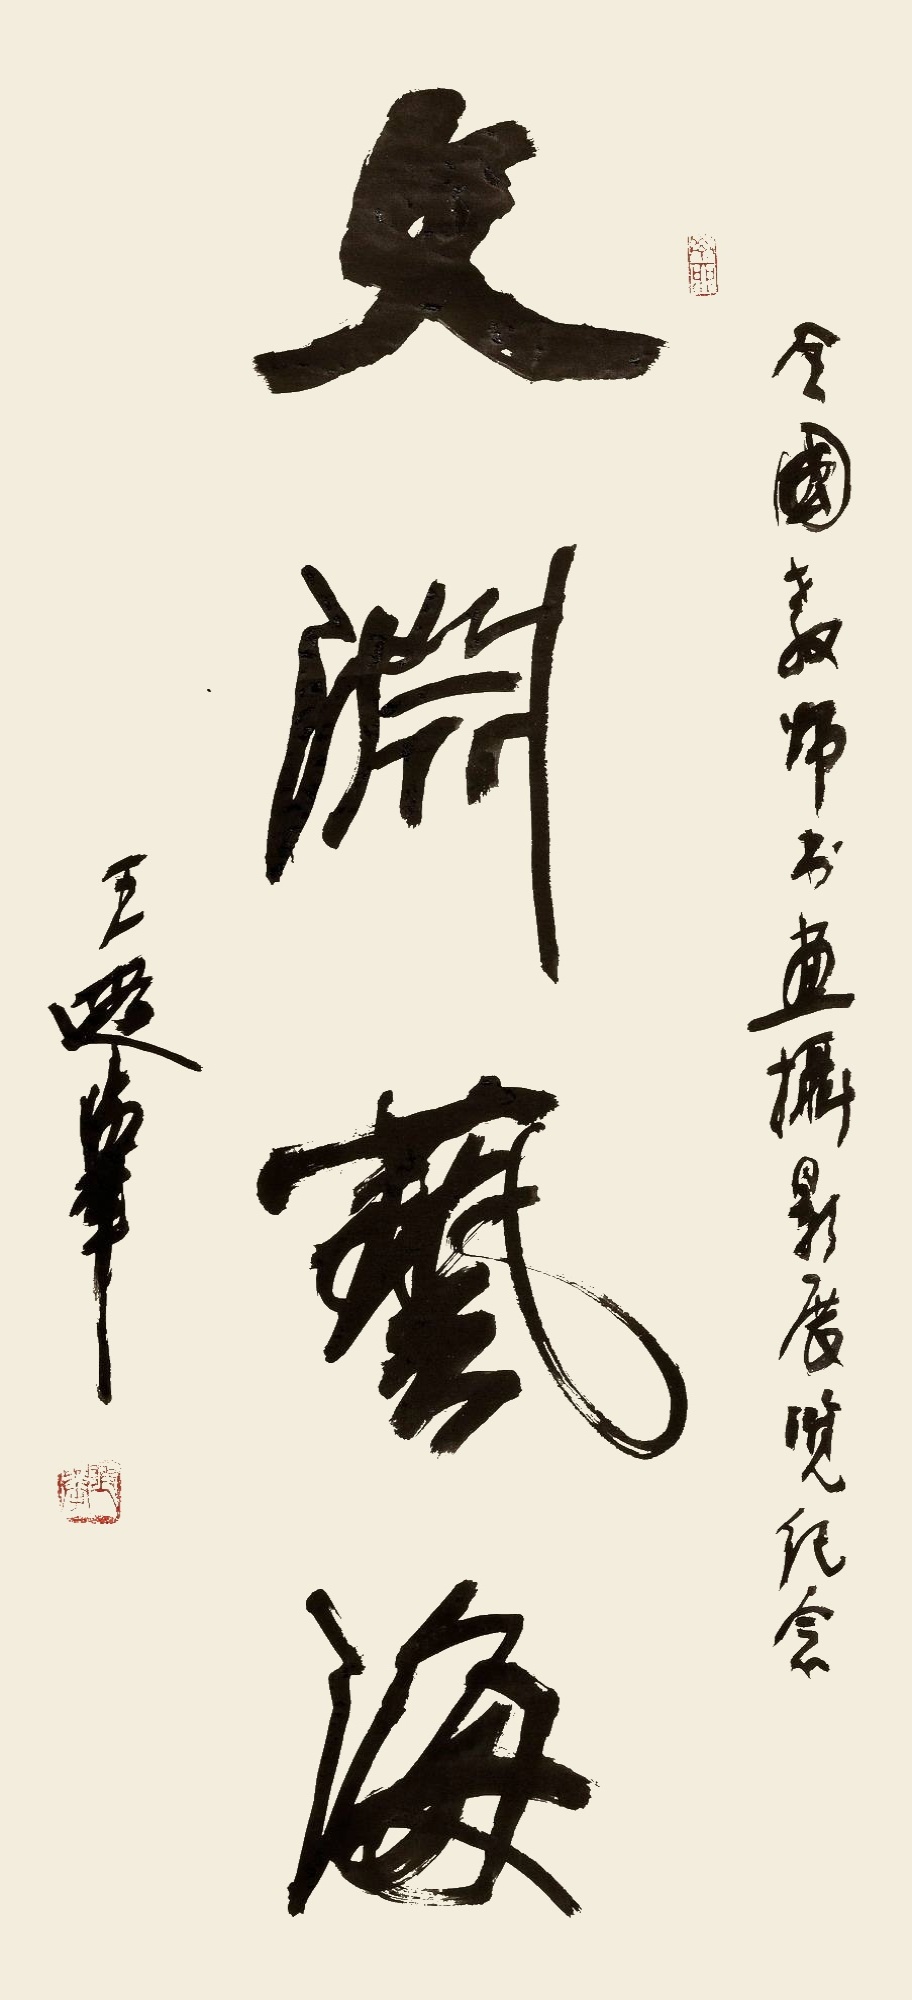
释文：文渊艺海全国教师书画摄影展览纪念。王遐举。